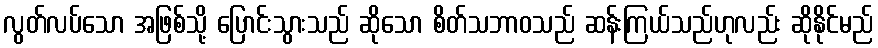
လွတ်လပ်သော အဖြစ်သို့ ပြောင်းသွားသည် ဆိုသော စိတ်သဘာဝသည် ဆန်းကြယ်သည်ဟုလည်း ဆိုနိုင်မည်